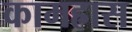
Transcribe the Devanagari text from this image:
कामह्रास